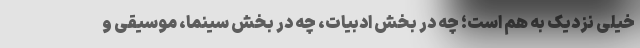
خیلی نزدیک به هم است؛ چه در بخش ادبیات، چه در بخش سینما، موسیقی و